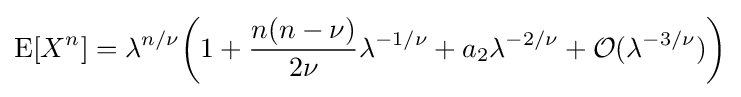
\operatorname {E} [X^{n}]=\lambda ^{n/\nu }{\bigg (}1+{\frac {n(n-\nu )}{2\nu }}\lambda ^{-1/\nu }+a_{2}\lambda ^{-2/\nu }+{\mathcal {O}}(\lambda ^{-3/\nu }){\bigg )}